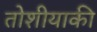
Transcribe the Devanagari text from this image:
तोशीयाकी